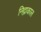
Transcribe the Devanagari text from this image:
निद्राकाल